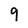
Character: 9